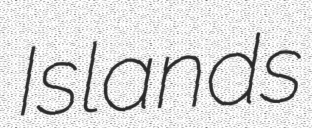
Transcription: Islands